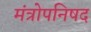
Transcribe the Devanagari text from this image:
मंत्रोपनिषद